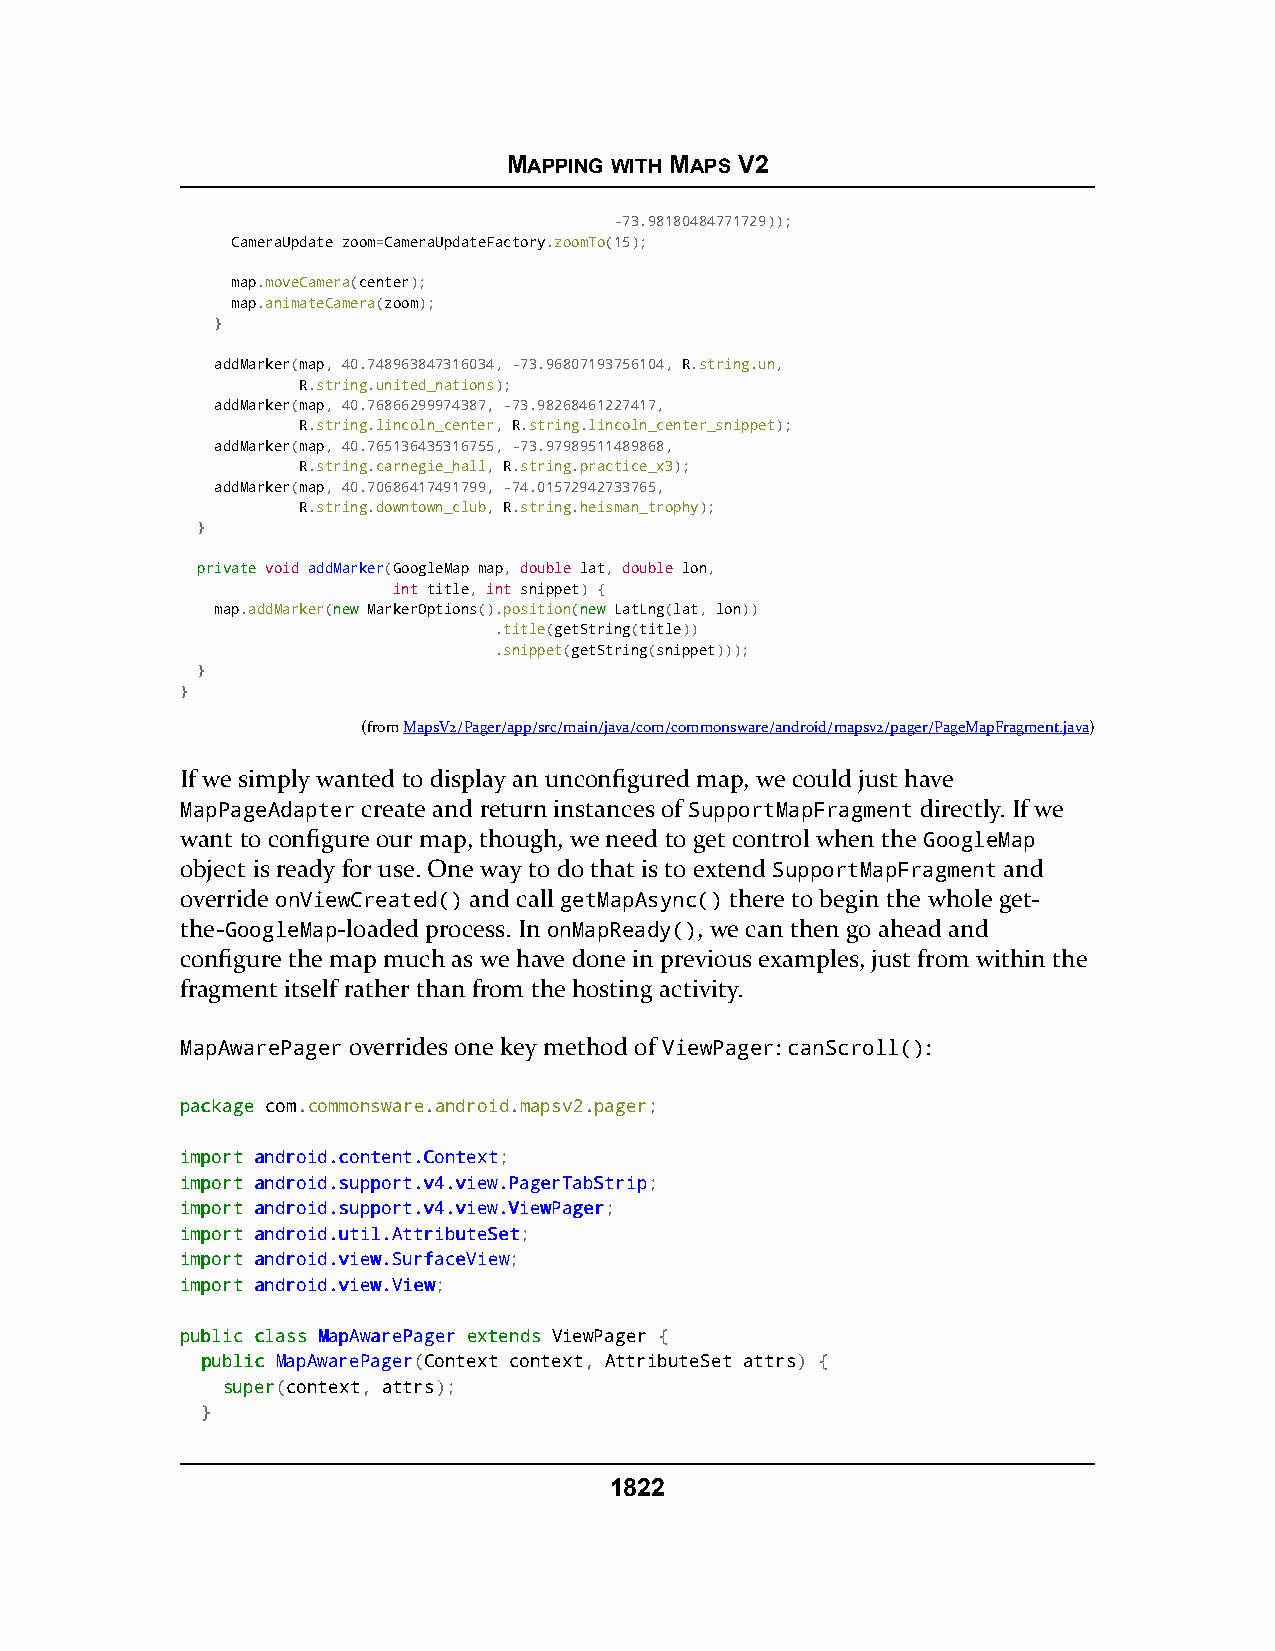
MAPPING WITH MAPS V2
 -73.98180484771729));
 CameraUpdate zoom=CameraUpdateFactory.zoomTo(15);
 map.moveCamera(center);
 map.animateCamera(zoom);
 }
 addMarker(map, 40.748963847316034, -73.96807193756104, R.string.un,
 R.string.united_nations);
 addMarker(map, 40.76866299974387, -73.98268461227417,
 R.string.lincoln_center, R.string.lincoln_center_snippet);
 addMarker(map, 40.765136435316755, -73.97989511489868,
 R.string.carnegie_hall, R.string.practice_x3);
 addMarker(map, 40.70686417491799, -74.01572942733765,
 R.string.downtown_club, R.string.heisman_trophy);
 }
 pprriivvaattee void addMarker(GoogleMap map, double lat, double lon,
 int title, int snippet) {
 map.addMarker(nneeww MarkerOptions().position(nneeww LatLng(lat, lon))
 .title(getString(title))
 .snippet(getString(snippet)));
 }
 }
 (fromMapsV2/Pager/app/src/main/java/com/commonsware/android/mapsv2/pager/PageMapFragment.java)
 If we simply wanted to display an unconfigured map, we could just have
 MapPageAdapter create and return instances of SupportMapFragment directly. If we
 want to configure our map, though, we need to get control when the GoogleMap
 object is ready for use. One way to do that is to extend SupportMapFragment and
 override onViewCreated() and call getMapAsync() there to begin the whole get-
 the-GoogleMap-loaded process. In onMapReady(), we can then go ahead and
 configure the map much as we have done in previous examples, just from within the
 fragment itself rather than from the hosting activity.
 MapAwarePager overrides one key method of ViewPager: canScroll():
 ppaacckkaaggee com.commonsware.android.mapsv2.pager;
 iimmppoorrtt aannddrrooiidd..ccoonntteenntt..CCoonntteexxtt;
 iimmppoorrtt aannddrrooiidd..ssuuppppoorrtt..vv44..vviieeww..PPaaggeerrTTaabbSSttrriipp;
 iimmppoorrtt aannddrrooiidd..ssuuppppoorrtt..vv44..vviieeww..VViieewwPPaaggeerr;
 iimmppoorrtt aannddrrooiidd..uuttiill..AAttttrriibbuutteeSSeett;
 iimmppoorrtt aannddrrooiidd..vviieeww..SSuurrffaacceeVViieeww;
 iimmppoorrtt aannddrrooiidd..vviieeww..VViieeww;
 ppuubblliicc ccllaassss MMaappAAwwaarreePPaaggeerr eexxtteennddss ViewPager {
 ppuubblliicc MapAwarePager(Context context, AttributeSet attrs) {
 ssuuppeerr(context, attrs);
 }
 1822